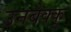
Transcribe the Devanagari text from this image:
उनबेक्कू